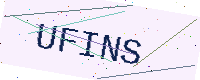
Text: UFINS